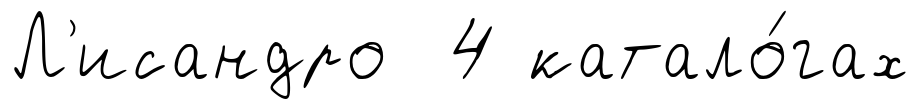
Л'исандро 4 катало́гах